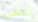
إلتقى